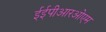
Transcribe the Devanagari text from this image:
ईईपीआरओएम